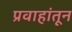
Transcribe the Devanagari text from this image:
प्रवाहांतून